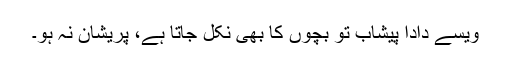
ویسے دادا پیشاب تو بچوں کا بھی نکل جاتا ہے، پریشان نہ ہو۔